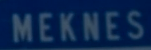
MEKNES